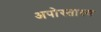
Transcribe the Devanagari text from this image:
अपोस्तास्य